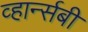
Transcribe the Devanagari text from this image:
व्हार्न्सबी